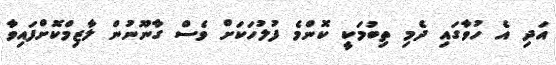
އަދި އެ ހުވާގައި ދެމި ތިބުމަކީ ކޮންމެ ފުލުހަކަށް ވެސް ގާނޫނުން ލާޒިމްކޮށްފައިވާ